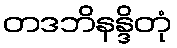
တဒဘိနန္ဒိတုံ